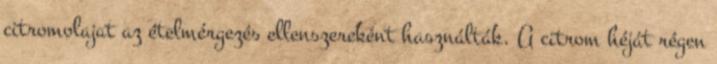
citromolajat az ételmérgezés ellenszereként használták. A citrom héját régen